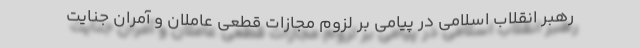
رهبر انقلاب اسلامی در پیامی بر لزوم مجازات قطعی عاملان و آمران جنایت